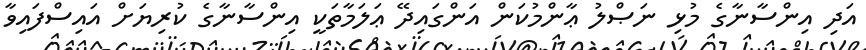
އަދި އިންސާނާގެ މުޅި ނަޞްލު ޢާންމުކަން އަންގައިދޭ ޢަލަމާތަކީ އިންސާނާގެ ކުރިޔަށް އައިސްފައިވާ